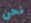
نحن